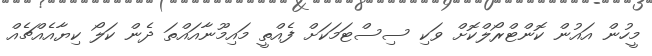
މީހުން އައުން ކޮންޓްރޯލްކޮށް ވަކި ސިސްޓަމަކަށް ފެއްތީ މައިމޫނާއައްތަ ދެން ކަލޯ ކިޔާއެއްޗެއް